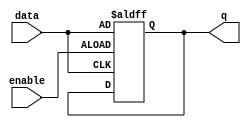
module gated_latch (
    input data,
    input enable,
    output reg q
);
    always @(posedge enable or posedge data)
    begin
        if (enable == 1'b1)
            q <= data;
    end
endmodule